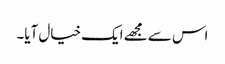
اس سے مجھے ایک خیال آیا۔